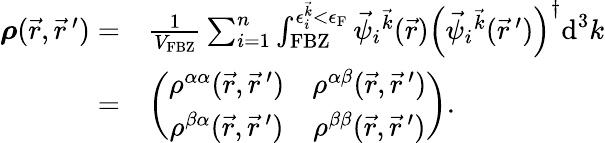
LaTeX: \begin{array}{rl}{\boldsymbol{\rho}(\vec{r},\vec{r}\, ^{\prime})=}&{\frac{1}{V_{\textrm{FBZ}}}\sum_{i=1}^{n}\int_{\textrm{FBZ}}^{\epsilon_{i}^{\vec{k}}<\epsilon_{\textrm{F}}}\vec{\psi}_{i}{^{\vec{k}}}(\vec{r})\left(\vec{\psi}_{i}{^{\vec{k}}}(\vec{r}\, ^{\prime})\right)^{\dagger}\textrm{d}^{3}k}\\ {=}&{\left(\begin{array}{cc}{\rho^{\alpha\alpha}(\vec{r},\vec{r}\, ^{\prime})}&{\rho^{\alpha\beta}(\vec{r},\vec{r}\, ^{\prime})}\\ {\rho^{\beta\alpha}(\vec{r},\vec{r}\, ^{\prime})}&{\rho^{\beta\beta}(\vec{r},\vec{r}\, ^{\prime})}\end{array}\right).}\end{array}